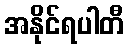
အနိုင်ရပါတီ